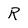
Character: R